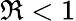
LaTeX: \Re<1